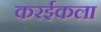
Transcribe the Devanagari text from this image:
करईकला